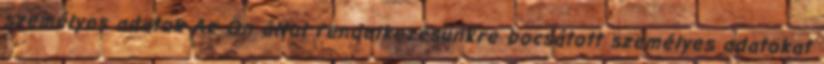
személyes adatok Az Ön által rendelkezésünkre bocsátott személyes adatokat